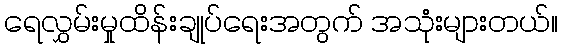
ရေလွှမ်းမှုထိန်းချုပ်ရေးအတွက် အသုံးများတယ်။